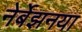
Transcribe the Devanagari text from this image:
नेर्बेझनया